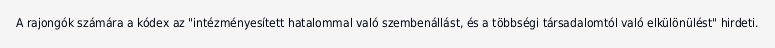
A rajongók számára a kódex az "intézményesített hatalommal való szembenállást, és a többségi társadalomtól való elkülönülést" hirdeti.